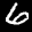
Label: 6